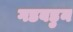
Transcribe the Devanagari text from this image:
गडबडुन